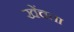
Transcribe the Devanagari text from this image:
खेंचता